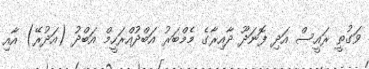
ވަގުތީ ރައީސް އަދި ފޮނަދޫ ދާއިރާގެ މެމްބަރު އަބްދުއްރަހީމް އަބްދު (އަދުރޭ) އާއި